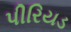
પીરિયડ